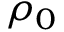
\rho _ { 0 }